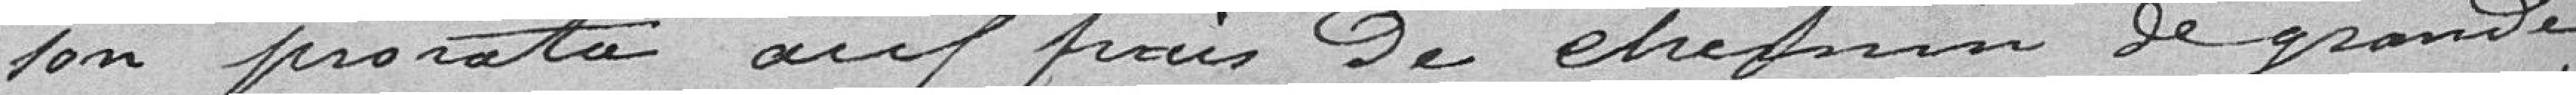
son prorata aux frais des chemins de grande